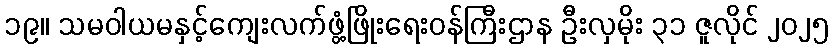
၁၉။ သမဝါယမနှင့်ကျေးလက်ဖွံ့ဖြိုးရေးဝန်ကြီးဌာန ဦးလှမိုး ၃၁ ဇူလိုင် ၂၀၂၅